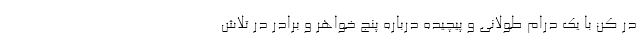
در کن با یک درام طولانی و پیچیده درباره پنج خواهر و برادر در تلاش